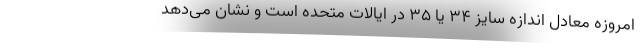
امروزه معادل اندازه سایز ۳۴ یا ۳۵ در ایالات متحده است و نشان می‌دهد